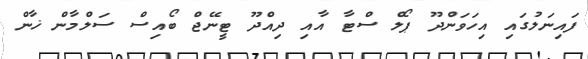
ފައިނަލުގައި އިހަވަންދޫ ޕޯލް ސްޓާ އާއި ދިއްދޫ ޓީނޭޖް ބޯއިސް ސަލްމާން ޚާން